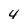
Character: 4